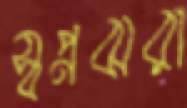
স্বপ্নঝরা